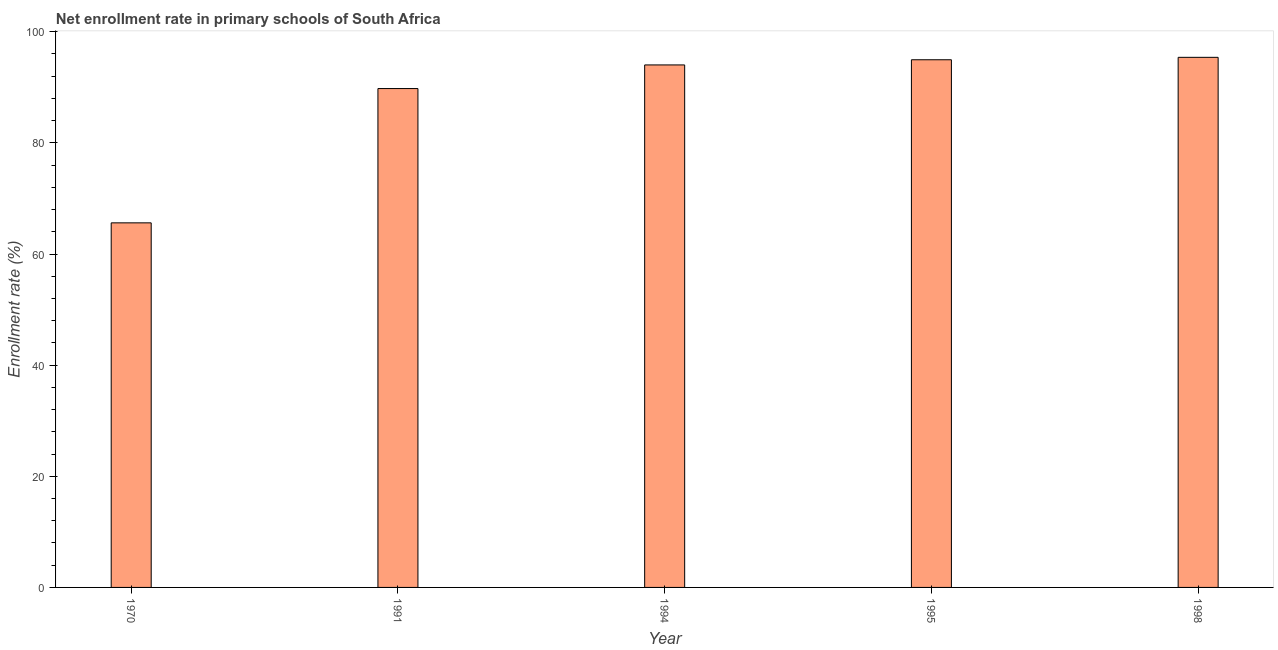
| Year | Adjusted net enrolment rate |
 | --- | --- |
 | 1970 | 65.6 |
 | 1991 | 89.8 |
 | 1994 | 94 |
 | 1995 | 95 |
 | 1998 | 95.4 |